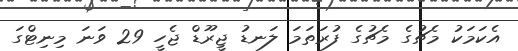
އެކަމަކު މެޗުގެ މެޗުގެ ފުރަތަމަ ލަނޑު ޖީރޫޑް ޖެހީ 29 ވަނަ މިނިޓްގަ